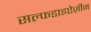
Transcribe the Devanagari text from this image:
सल्फडाइऐज़ीन